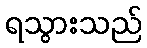
ရသွားသည်